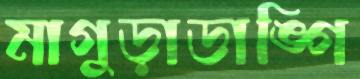
মাগুড়াডাঙ্গি